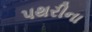
પથરીના